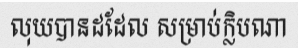
លុយបានដដែល សម្រាប់ក្លិបណា